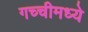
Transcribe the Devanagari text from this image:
गच्चीमध्ये